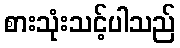
စားသုံးသင့်ပါသည်